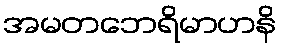
အမတဘေရိမာဟနိ